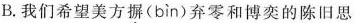
B. 我们希望美方摒( bìn )弃零和博奕的陈旧思